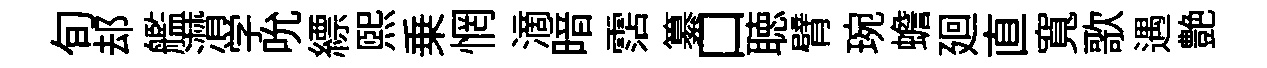
旬𨚫艦潸学吮縹熙乗惘滴暗霑纂口聴臂琬蟾廻直寬歌遇艶